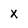
Character: X